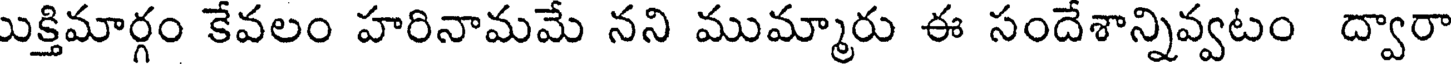
ుక్తిమార్గం కేవలం హరినామమే నని ముమ్మారు ఈ సందేశాన్నివ్వటం ద్వారా